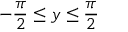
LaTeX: - { \frac { \pi } { 2 } } \leq y \leq { \frac { \pi } { 2 } }